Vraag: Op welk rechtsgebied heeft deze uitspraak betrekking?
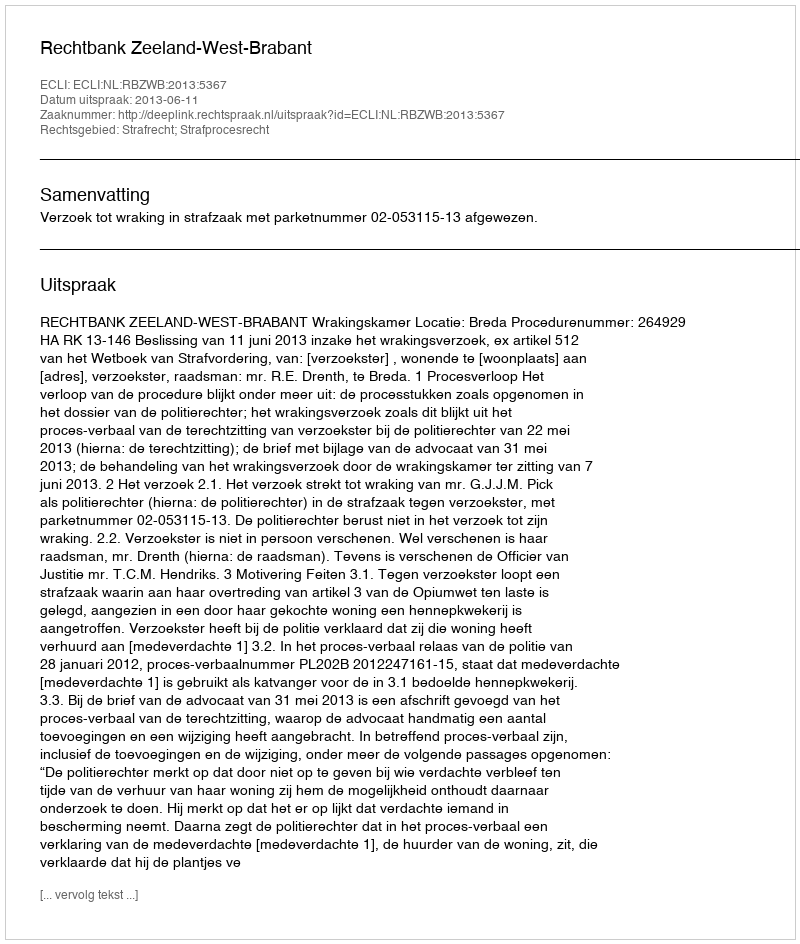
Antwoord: Strafrecht; Strafprocesrecht